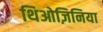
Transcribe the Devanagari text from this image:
थिओज़िनिया